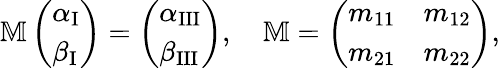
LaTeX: \mathbb{M}\left(\begin{array}{l}{\alpha_{\operatorname{I}}}\\ {\beta_{\operatorname{I}}}\end{array}\right)=\left(\begin{array}{l}{\alpha_{\operatorname{III}}}\\ {\beta_{\operatorname{III}}}\end{array}\right),\quad\mathbb{M}=\left(\begin{array}{ll}{m_{11}}&{m_{12}}\\ {m_{21}}&{m_{22}}\end{array}\right),